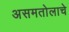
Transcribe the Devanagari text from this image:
असमतोलाचे